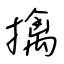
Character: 擒